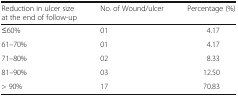
<table><thead><tr><td><b>Reduction in ulcer size at the end of follow-up</b></td><td><b>No. of Wound/ulcer</b></td><td><b>Percentage (%)</b></td></tr></thead><tbody><tr><td>≤60%</td><td>01</td><td>4.17</td></tr><tr><td>61–70%</td><td>01</td><td>4.17</td></tr><tr><td>71–80%</td><td>02</td><td>8.33</td></tr><tr><td>81–90%</td><td>03</td><td>12.50</td></tr><tr><td>&gt; 90%</td><td>17</td><td>70.83</td></tr></tbody></table>